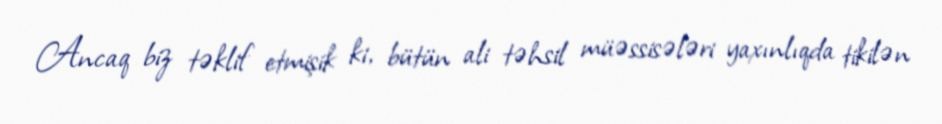
Ancaq biz təklif etmişik ki, bütün ali təhsil müəssisələri yaxınlıqda tikilən